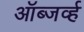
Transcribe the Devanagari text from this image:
ऑब्जर्व्ह